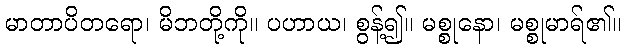
မာတာပိတရော၊ မိဘတို့ကို။ ပဟာယ၊ စွန့်၍။ မစ္စုနော၊ မစ္စုမာရ်၏။